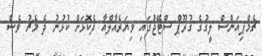
ޗެމްޕިއަންސް ލީގުގެ ގުރޫޕް ސްޓޭޖުގައި ވިޔަރެއާލްއާ ދެކޮޅަށް ކުޅުނު ދެ މެޗު ވެސް